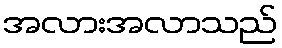
အလားအလာသည်